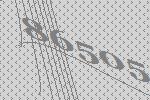
86505